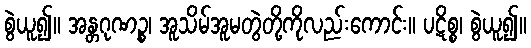
စွဲယူ၍။ အန္တဂုဏဉ္စ၊ အူသိမ်အူမတွဲတို့ကိုလည်းကောင်း။ ပဋိစ္စ၊ စွဲယူ၍။